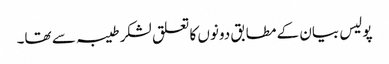
پولیس بیان کے مطابق دونوں کا تعلق لشکر طیبہ سے تھا۔